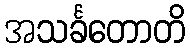
အသင်္ခတောတိ